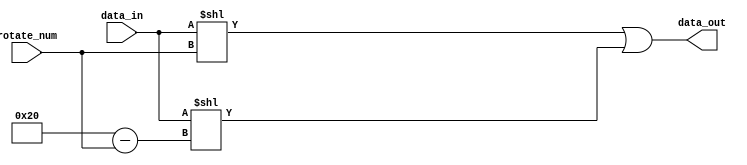
module rotateRight(
    input [31:0] data_in,
    input [31:0] rotate_num,
    output reg[31:0] data_out
);
    reg [31:0] temp;

    always @(*) begin
        temp = data_in << rotate_num;
        data_out = temp | data_in << ( 32 - rotate_num); //rotate by combining the two shifts
    end

endmodule